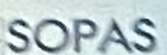
SOPAS